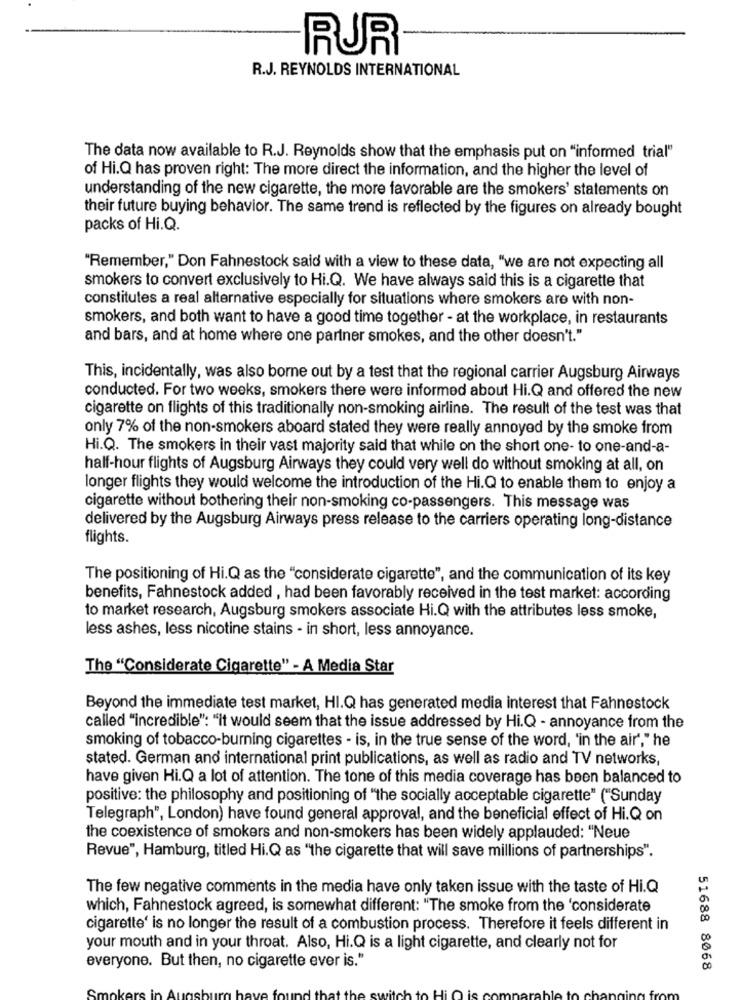
RUR
R.J. REYNOLDS INTERNATIONAL
The data now available to R.J. Reynolds show that the emphasis put on "informed trial"
of Hi.Q has proven right: The more direct the information, and the higher the level of
understanding of the new cigarette, the more favorable are the smokers' statements on
their future buying behavior. The same trend is reflected by the figures on already bought
packs of Hi.Q.
"Remember," Don Fahnestock said with a view to these data, "we are not expecting all
smokers to convert exclusively to Hi.Q. We have always said this is a cigarette that
constitutes a real alternative especially for situations where smokers are with non-
smokers, and both want to have a good time together - at the workplace, in restaurants
and bars, and at home where one partner smokes, and the other doesn't."
This, incidentally, was also borne out by a test that the regional carrier Augsburg Airways
conducted. For two weeks, smokers there were informed about Hi.Q and offered the new
cigarette on flights of this traditionally non-smoking airline. The result of the test was that
only 7% of the non-smokers aboard stated they were really annoyed by the smoke from
Hi.Q. The smokers in their vast majority said that while on the short one- to one-and-a-
half-hour flights of Augsburg Airways they could very well do without smoking at all, on
longer flights they would welcome the introduction of the Hi.Q to enable them to enjoy a
cigarette without bothering their non-smoking co-passengers. This message was
delivered by the Augsburg Airways press release to the carriers operating long-distance
flights.
The positioning of Hi.Q as the "considerate cigarette", and the communication of its key
benefits, Fahnestock added , had been favorably received in the test market: according
to market research, Augsburg smokers associate Hi.Q with the attributes less smoke,
less ashes, less nicotine stains - in short, less annoyance.
The "Considerate Cigarette" - A Media Star
Beyond the immediate test market, HI.Q has generated media interest that Fahnestock
called "incredible": "it would seem that the issue addressed by Hi.Q - annoyance from the
smoking of tobacco-burning cigarettes - is, in the true sense of the word, 'in the air"," he
stated. German and international print publications, as well as radio and TV networks,
have given Hi.Q a lot of attention. The tone of this media coverage has been balanced to
positive: the philosophy and positioning of "the socially acceptable cigarette" ("Sunday
Telegraph", London) have found general approval, and the beneficial effect of Hi.Q on
the coexistence of smokers and non-smokers has been widely applauded: "Neue
Revue", Hamburg, titled Hi.Q as "the cigarette that will save millions of partnerships".
The few negative comments in the media have only taken issue with the taste of Hi.Q
which, Fahnestock agreed, is somewhat different: "The smoke from the 'considerate
cigarette' is no longer the result of a combustion process. Therefore it feels different in
your mouth and in your throat. Also, Hi.Q is a light cigarette, and clearly not for
everyone. But then, no cigarette ever is."
51688 8068
Sm